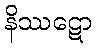
နိဿဋော